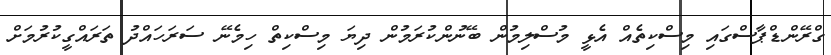
ގްރޭންޑްޕާސްގައި މިސްކިތެއް އެޅީ މުސްލިމުން ބޭނުންކުރަމުން ދިޔަ މިސްކިތް ހިމެނޭ ސަރަހައްދު ތަރައްގީކުރުމަށް